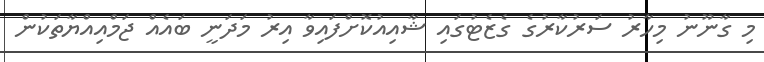
މި ގާނޫނު މިހާރު ސަރުކާރުގެ ގެޒެޓުގައި ޝާއިއުކޮށްފައިވާ އިރު މަދަނީ ބައެއް ޖަމްއިއްޔާތަކުން